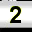
Digit: 2